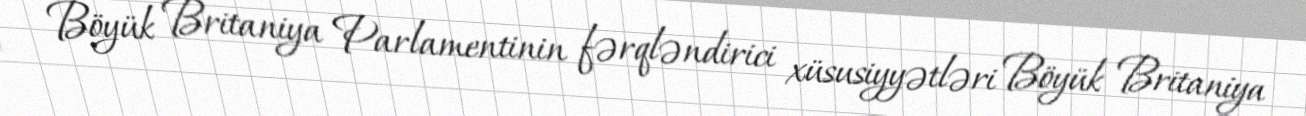
Böyük Britaniya Parlamentinin fərqləndirici xüsusiyyətləri Böyük Britaniya